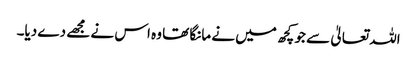
اللہ تعالیٰ سے جو کچھ میں نے مانگا تھا وہ اس نے مجھے دے دیا۔